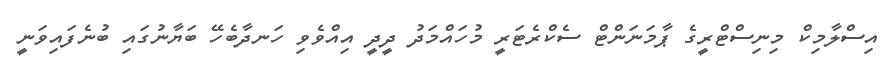
އިސްލާމިކް މިނިސްޓްރީގެ ޕާމަނަންޓް ސެކްރެޓަރީ މުހައްމަދު ދީދީ އިއްވެވި ހަނދާބެހޭ ބަޔާނުގައި ބުނެފައިވަނީ